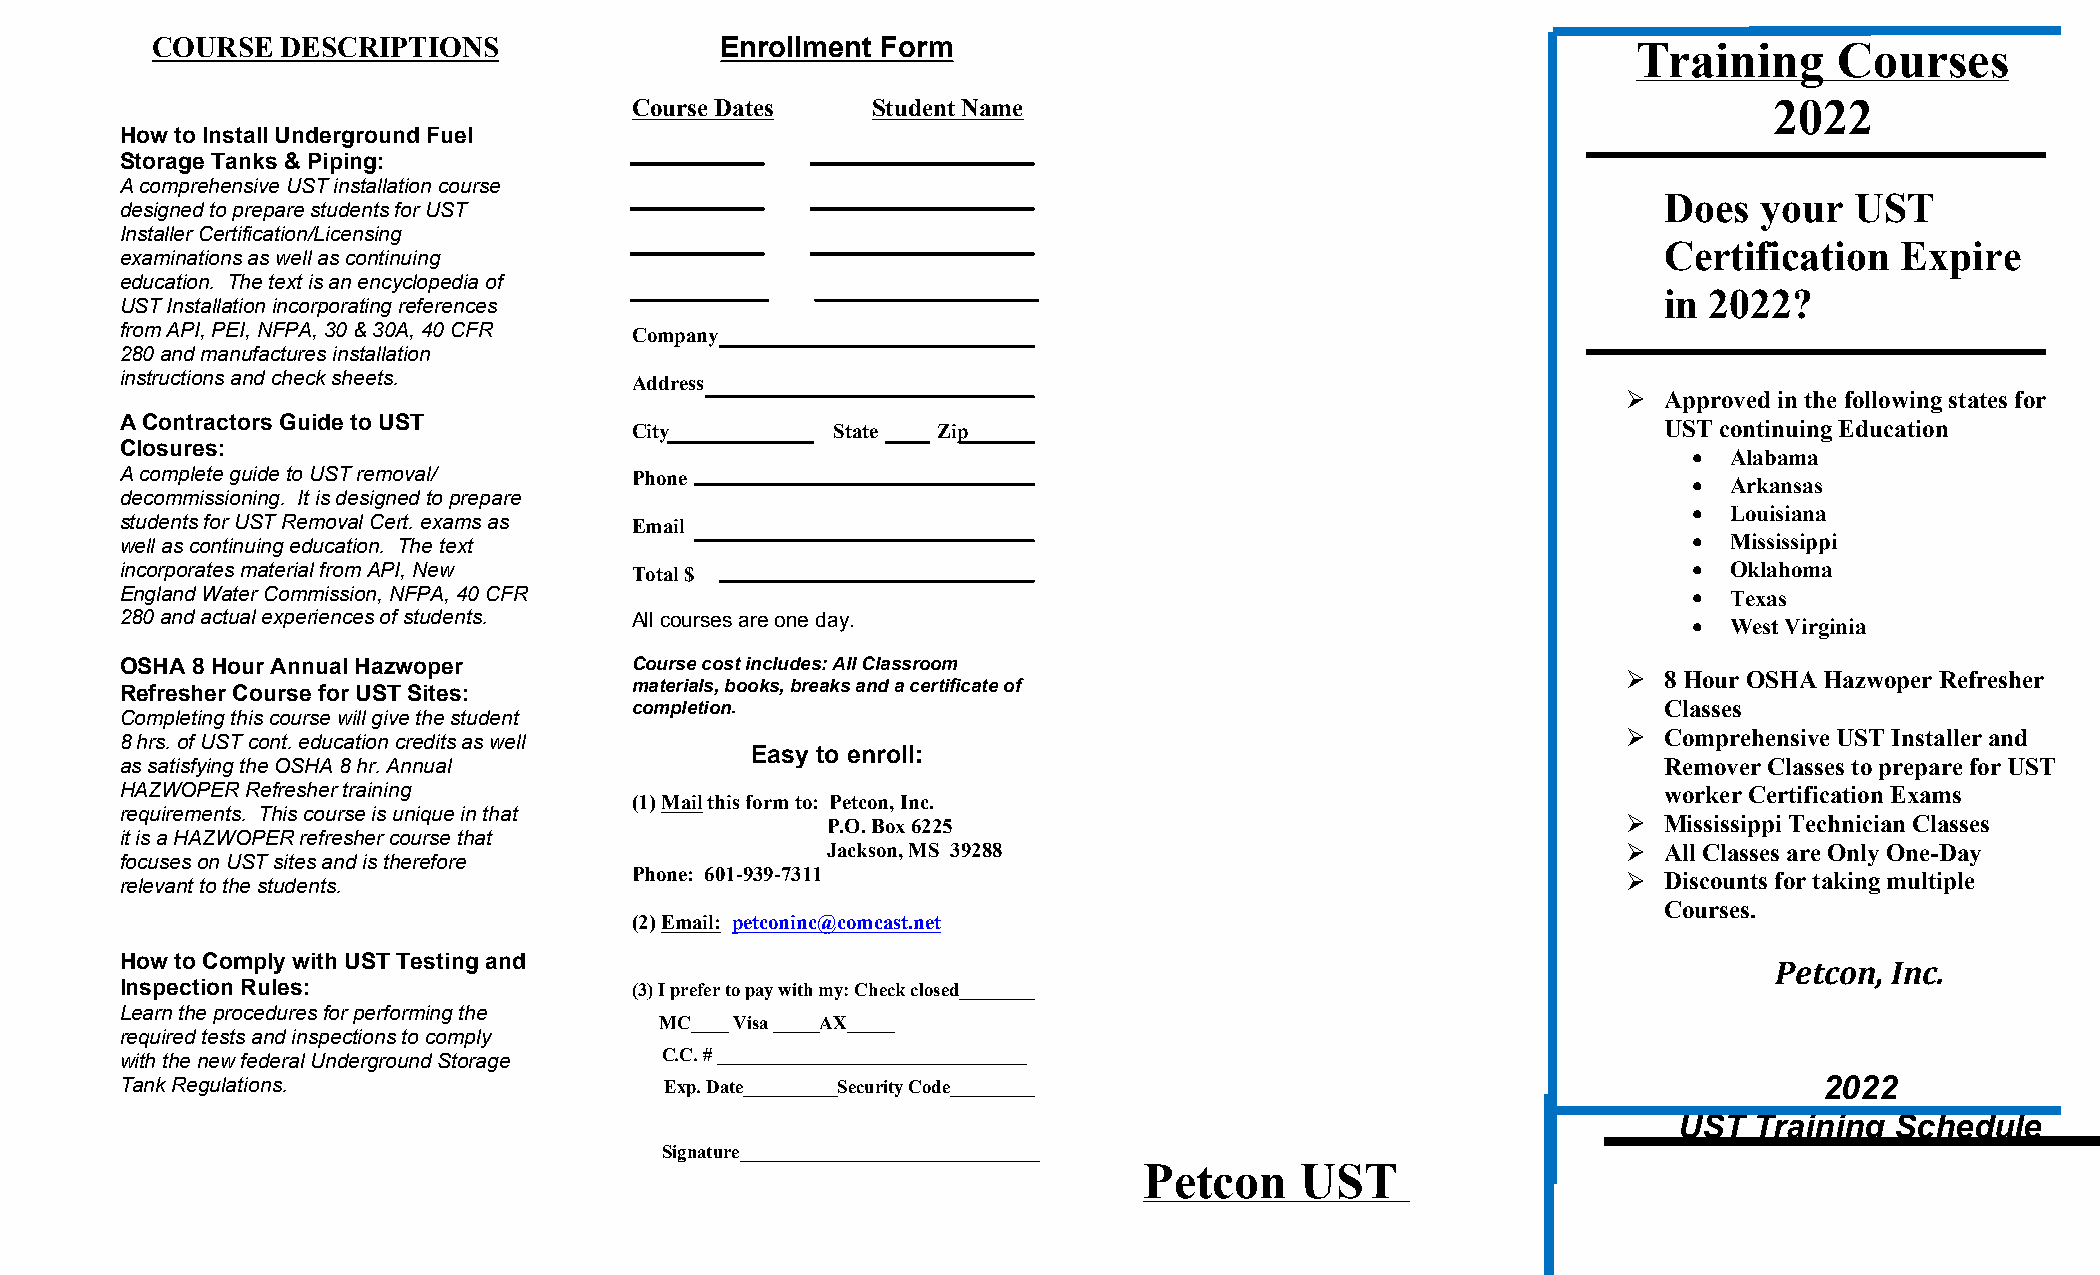
COURSE   DESCRIPTIONS                 Enrollment Form                                             Training      Courses
 Course Dates    Student Name                                               2022
 How to Install Underground Fuel
 Storage Tanks & Piping:
 A comprehensive UST installation course
 Does   your  UST
 designed to prepare students for UST
 Installer Certification/Licensing
 Certification   Expire
 examinations as well as continuing
 education. The text is an encyclopedia of
 in 2022?
 UST Installation incorporating references
 from API, PEI, NFPA, 30 & 30A, 40 CFR Company
 280 and manufactures installation
 instructions and check sheets.    Address
  Approved in the following states for
 A Contractors Guide to UST        City         State  Zip                                             UST continuing Education
 Closures:
   Alabama
 A complete guide to UST removal/  Phone                                                                   Arkansas
 decommissioning. It is designed to prepare
   Louisiana
 students for UST Removal Cert. exams as Email
 well as continuing education. The text                                                                    Mississippi
 incorporates material from API, New Total $                                                               Oklahoma
 England Water Commission, NFPA, 40 CFR                                                                    Texas
 280 and actual experiences of students. All courses are one day.                                          West Virginia
 OSHA 8 Hour Annual Hazwoper       Course cost includes: All Classroom
  8 Hour OSHA Hazwoper Refresher
 Refresher Course for UST Sites:   materials, books, breaks and a certificate of
 completion.                                                         Classes
 Completing this course will give the student
  Comprehensive UST Installer and
 8 hrs. of UST cont. education credits as well
 Easy to enroll:
 as satisfying the OSHA 8 hr. Annual                                                                   Remover Classes to prepare for UST
 HAZWOPER Refresher training                                                                           worker Certification Exams
 (1) Mail this form to: Petcon, Inc.
 requirements. This course is unique in that
 P.O. Box 6225                                         Mississippi Technician Classes
 it is a HAZWOPER refresher course that
 Jackson, MS 39288                                     All Classes are Only One-Day
 focuses on UST sites and is therefore
 Phone: 601-939-7311                                                Discounts for taking multiple
 relevant to the students.
 Courses.
 (2) Email: petconinc@comcast.net
 How to Comply with UST Testing and
 Petcon, Inc.
 Inspection Rules:                 (3) I prefer to pay with my: Check closed________
 Learn the procedures for performing the
 MC____ Visa _____AX_____
 required tests and inspections to comply
 with the new federal Underground Storage C.C. # _________________________________
 Tank Regulations.                   Exp. Date__________Security Code_________                                    2022
 UST  Training Schedule
 Signature________________________________
 Petcon    UST